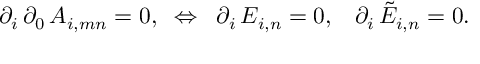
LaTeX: \partial _ { i } \, \partial _ { 0 } \, { \cal A } _ { i , m n } = 0 , \; \; \Leftrightarrow \; \; \partial _ { i } \, { \cal E } _ { i , n } = 0 , \; \; \; \partial _ { i } \, \tilde { \cal E } _ { i , n } = 0 .